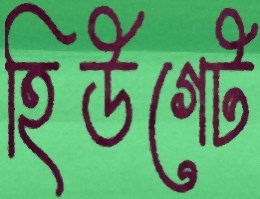
হিউগেট